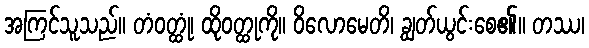
အကြင်သူသည်။ တံဝတ္ထုံ၊ ထိုဝတ္ထုကို။ ဝိလောမေတိ၊ ချွတ်ယွင်းစေ၏။ တဿ၊